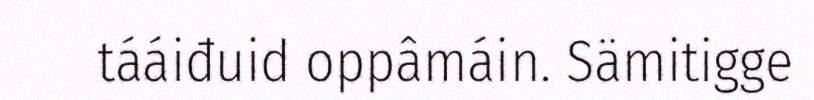
tááiđuid oppâmáin. Sämitigge